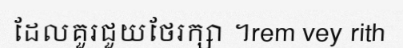
ដែលគួរជួយថែរក្សា ។rem vey rith